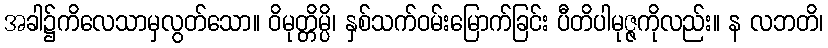
အခါ၌ကိလေသာမှလွတ်သော။ ဝိမုတ္တိမ္ပိ၊ နှစ်သက်ဝမ်းမြောက်ခြင်း ပီတိပါမုဇ္ဇကိုလည်း။ န လဘတိ၊